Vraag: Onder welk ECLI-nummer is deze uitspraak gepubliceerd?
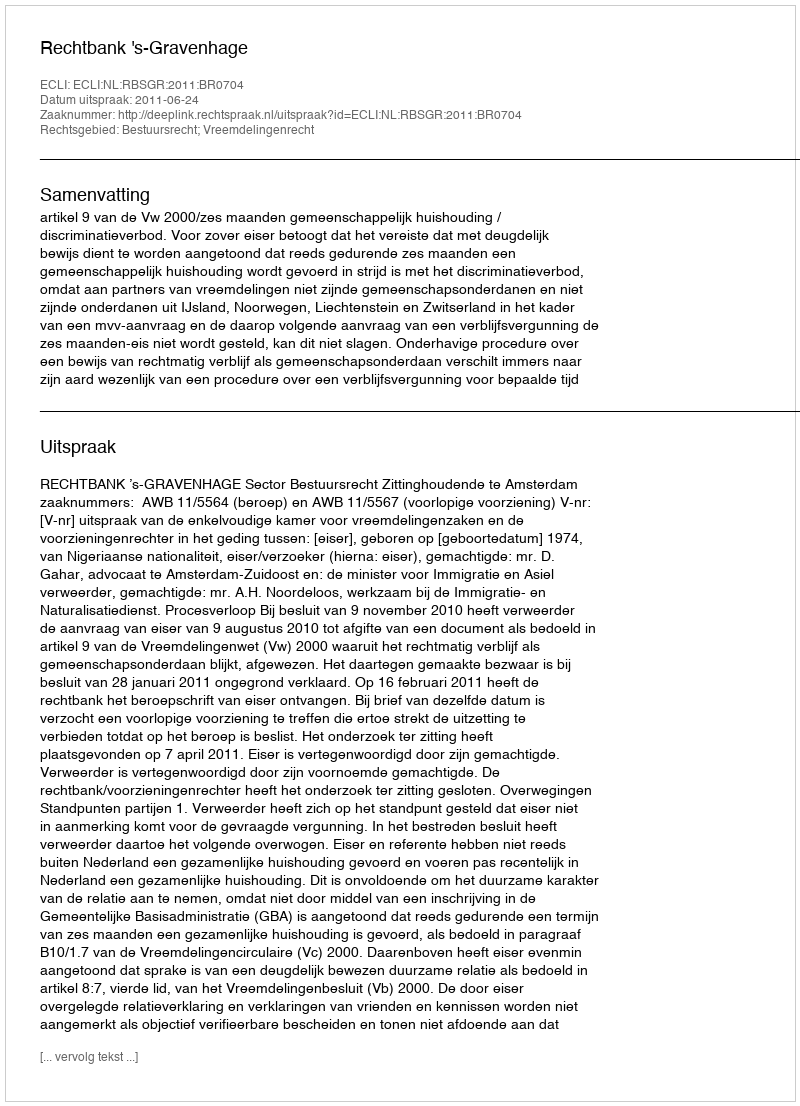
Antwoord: ECLI:NL:RBSGR:2011:BR0704